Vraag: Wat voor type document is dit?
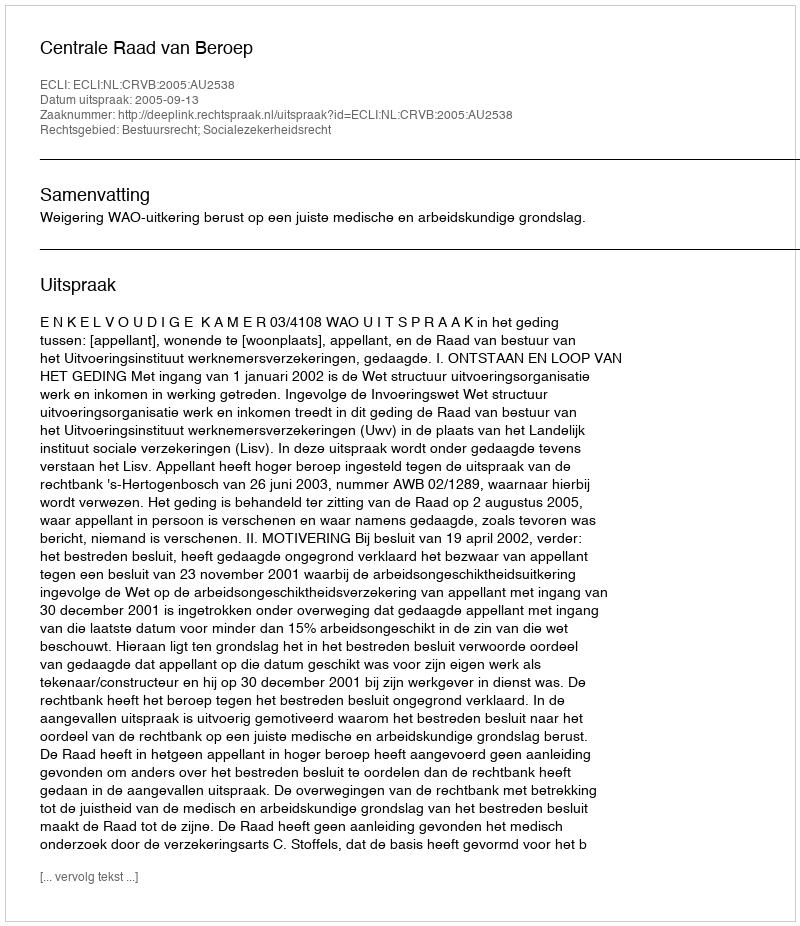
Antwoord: Uitspraak